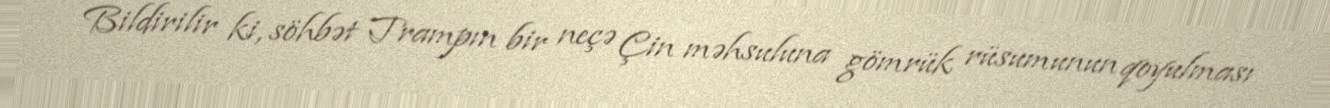
Bildirilir ki, söhbət Trampın bir neçə Çin məhsuluna gömrük rüsumunun qoyulması